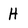
Character: H